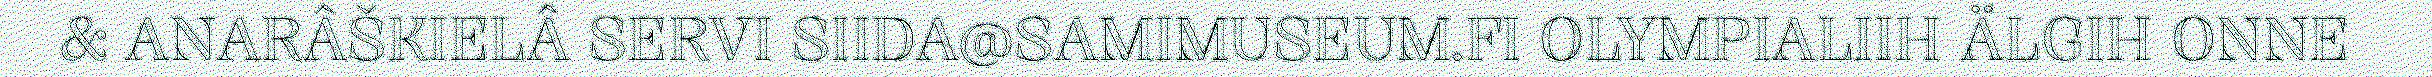
& ANARÂŠKIELÂ SERVI SIIDA@SAMIMUSEUM.FI OLYMPIALIIH ÄLGIH ONNE